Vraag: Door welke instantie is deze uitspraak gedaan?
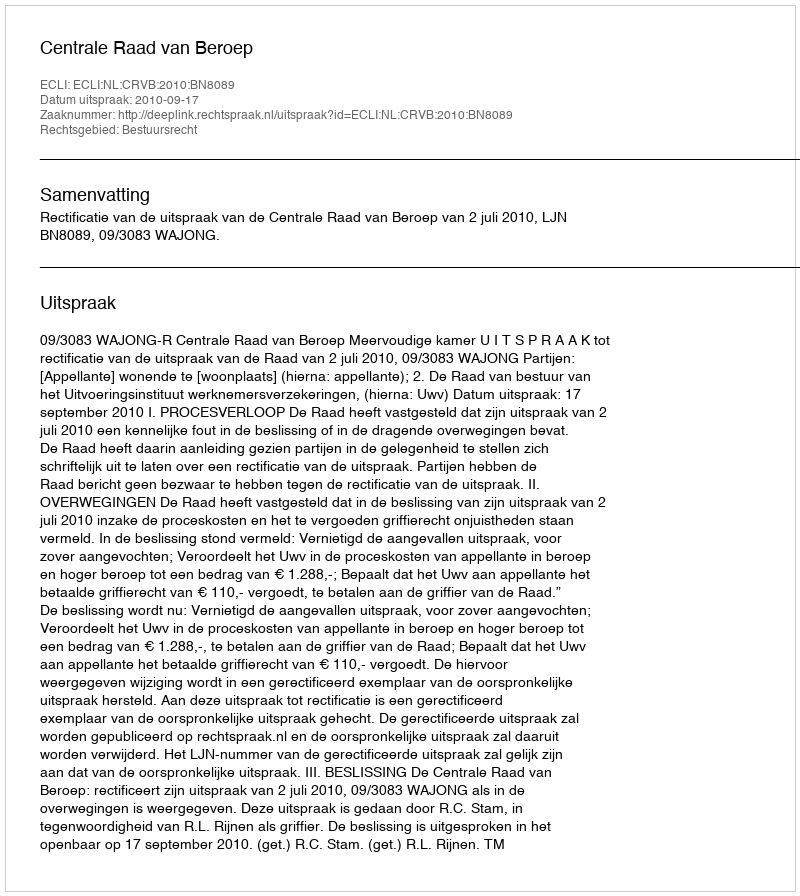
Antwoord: Centrale Raad van Beroep